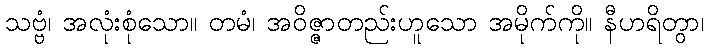
သဗ္ဗံ၊ အလုံးစုံသော။ တမံ၊ အဝိဇ္ဇာတည်းဟူသော အမိုက်ကို။ နီဟရိတွာ၊